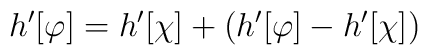
h' [\varphi] = h'[\chi] + \left( h'[\varphi] - h'[\chi] \right)